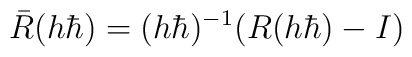
\bar R  (h\hbar)= (h\hbar)^{-1}(R(h\hbar)-I)